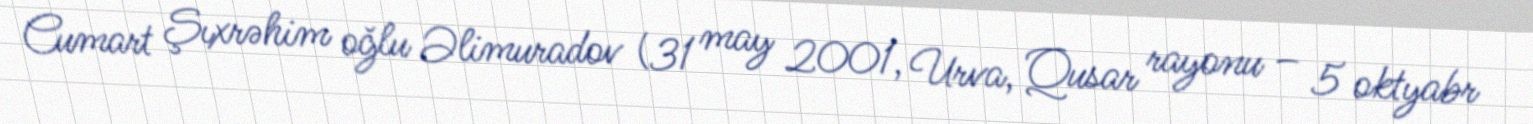
Cumart Şıxrəhim oğlu Əlimuradov (31 may 2001, Urva, Qusar rayonu – 5 oktyabr